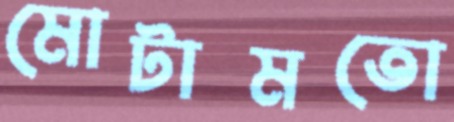
মোটামতো